Annual report on the lock hospitals of the Madras Presidency
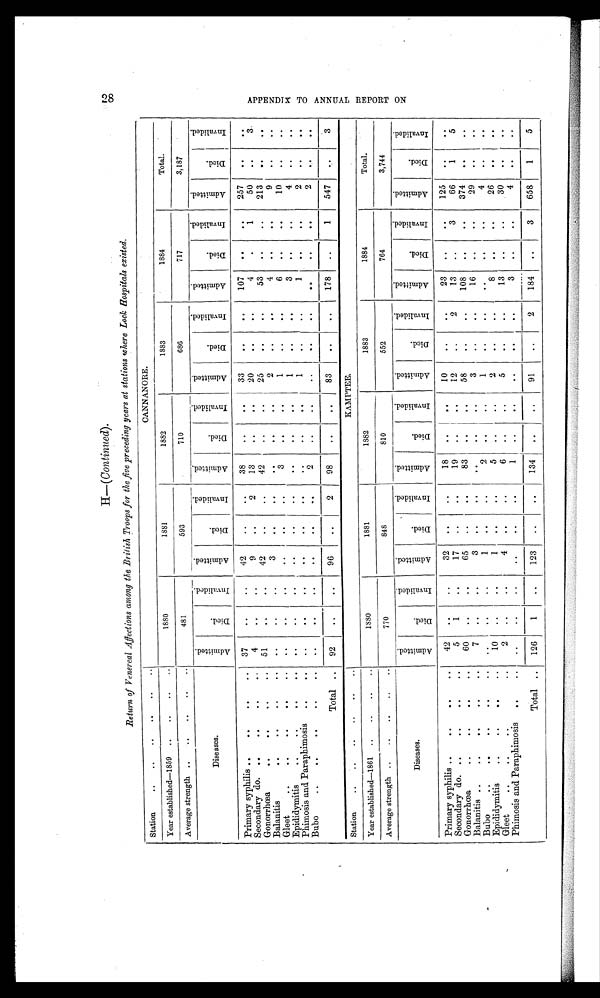
H—(Continued).
Return of Venereal Affections among the British Troops for the five preceding years at stations where Lock Hospitals existed.
Station
..
..
..
..
..
. .
CANNANORE.
Year established—1859 ..
..
..
..
1880
1881
1882
1883
1884
Total.
Average strength ..
..
..
..
481
593
710
686
717
3,187
Diseases.
A a a d m i t t e d .
D i e d .
I n v a l i d e d .
A d m i t t e d .
D i e d .
I n v a l i d e d .
Admi t t ed.
D i e d .
Inval i ded.
A d m i t t e d .
D i e d .
I n v a l i d e d . Ad d d mi t t e d .
D i e d .
I n v a l i d e d .
A d m i t t e d .
D i e d .
I n v a l i d e d .
Primary syphilis ..
..
..
..
37
..
..
42
..
..
38
..
. .
33
. .
. .
107
. .
..
257
. .
. .
Secondary do. ..
..
..
. .
4
. .
..
9
. .
2
13
. .
. .
20
. .
..
4
. .
1
50
..
3
Gonorrhœa
..
..
..
..
51
..
. .
42
..
..
42
..
. .
25
. .
. .
53
. .
..
213
. .
. .
Balanitis
..
..
..
..
. .
. .
..
3
..
. .
..
. .
. .
2
. .
. .
4
. .
. .
9
..
. .
Gleet
..
..
..
..
. .
. . .
. .
. .
. .
. .
. .
3
. .
. .
1
. .
. .
6
. .
. .
10
. .
. .
Epididymitis ..
.. ..
. .
. .
. .
. .
. .
. .
. .
. .
. .
. .
1
. .
. .
3
..
..
4
. .
. .
Phimosis and Paraphiis
..
..
. .
. .
. .
. .
. .
. .
. .
. .
. .
1
. .
. .
1
. .
. .
2
. .
. .
Bubo
..
..
..
..
..
. .
..
. .
..
. .
2
. .
. .
. .
. .
. .
. .
..
. .
2
. .
. .
Total ..
92
. .
. .
96
. .
2
98
. .
. .
83
..
..
178
..
1
547
. .
3
Station
..
..
..
..
..
..
KAMPTEE.
Year established—1861 ..
..
..
..
1880
1881
1882
1883
1884
Total.
Average strength ..
..
..
..
..
770
848
810
552
764
3,744
Admi t t e d.
D i e d .
I n v a l i d e d .
A d m i t t e d .
D i e d .
I n v a l i d e d .
A d m i t t e d .
D i e d .
I n v a l i d e d .
A d m i t t e d .
D i e d .
I n v a l i d e d . A d m i t t e d .
D i e d .
I n v a l i d e d .
A d m i t t e d .
D i e d .
I n v a l i d e d .
Diseases.
Primary syphilis ..
..
..
..
42
..
..
32
..
. .
18
..
. .
10
..
. .
23
. .
..
125
. .
. .
Secondary do. ..
..
..
. .
5
1
. .
17
. .
. .
19
. .
. .
12
. .
2
13
. .
3
66
1
5
Gonorrhœa
..
..
..
. .
60
. .
. .
65
. .
. .
83
. .
. .
58
. .
. .
108
..
. .
374
. .
. .
Balanitis ..
..
..
. . .
7
. .
. .
3
. .
. .
. .
. .
. .
3
. .
. .
16
. .
. .
29
. .
. .
Bubo.
..
. .
..
. .
. .
. .
. .
1
. .
..
2
. .
. .
1
. .
. .
. .
. .
. .
4
. .
. .
Epididymitis
..
..
..
..
10
. .
. .
1
. .
. .
5
..
..
2
. .
. .
8
. .
. .
26
. .
. .
Gleet
..
..
..
. .
2
..
..
4
. .
. .
6
..
. .
5
..
. .
13
. .
. .
30
. .
. .
Phimosis and Paraphimosis
..
. .
. .
..
..
..
..
. .
1
. .
. .
. .
. .
..
3
. .
. .
4
. .
. .
Total ..
126
1
..
123
..
..
134
..
..
91
. .
2
184
..
3
658
1
5
28 A P P E N D I X T O R E P O R T O N